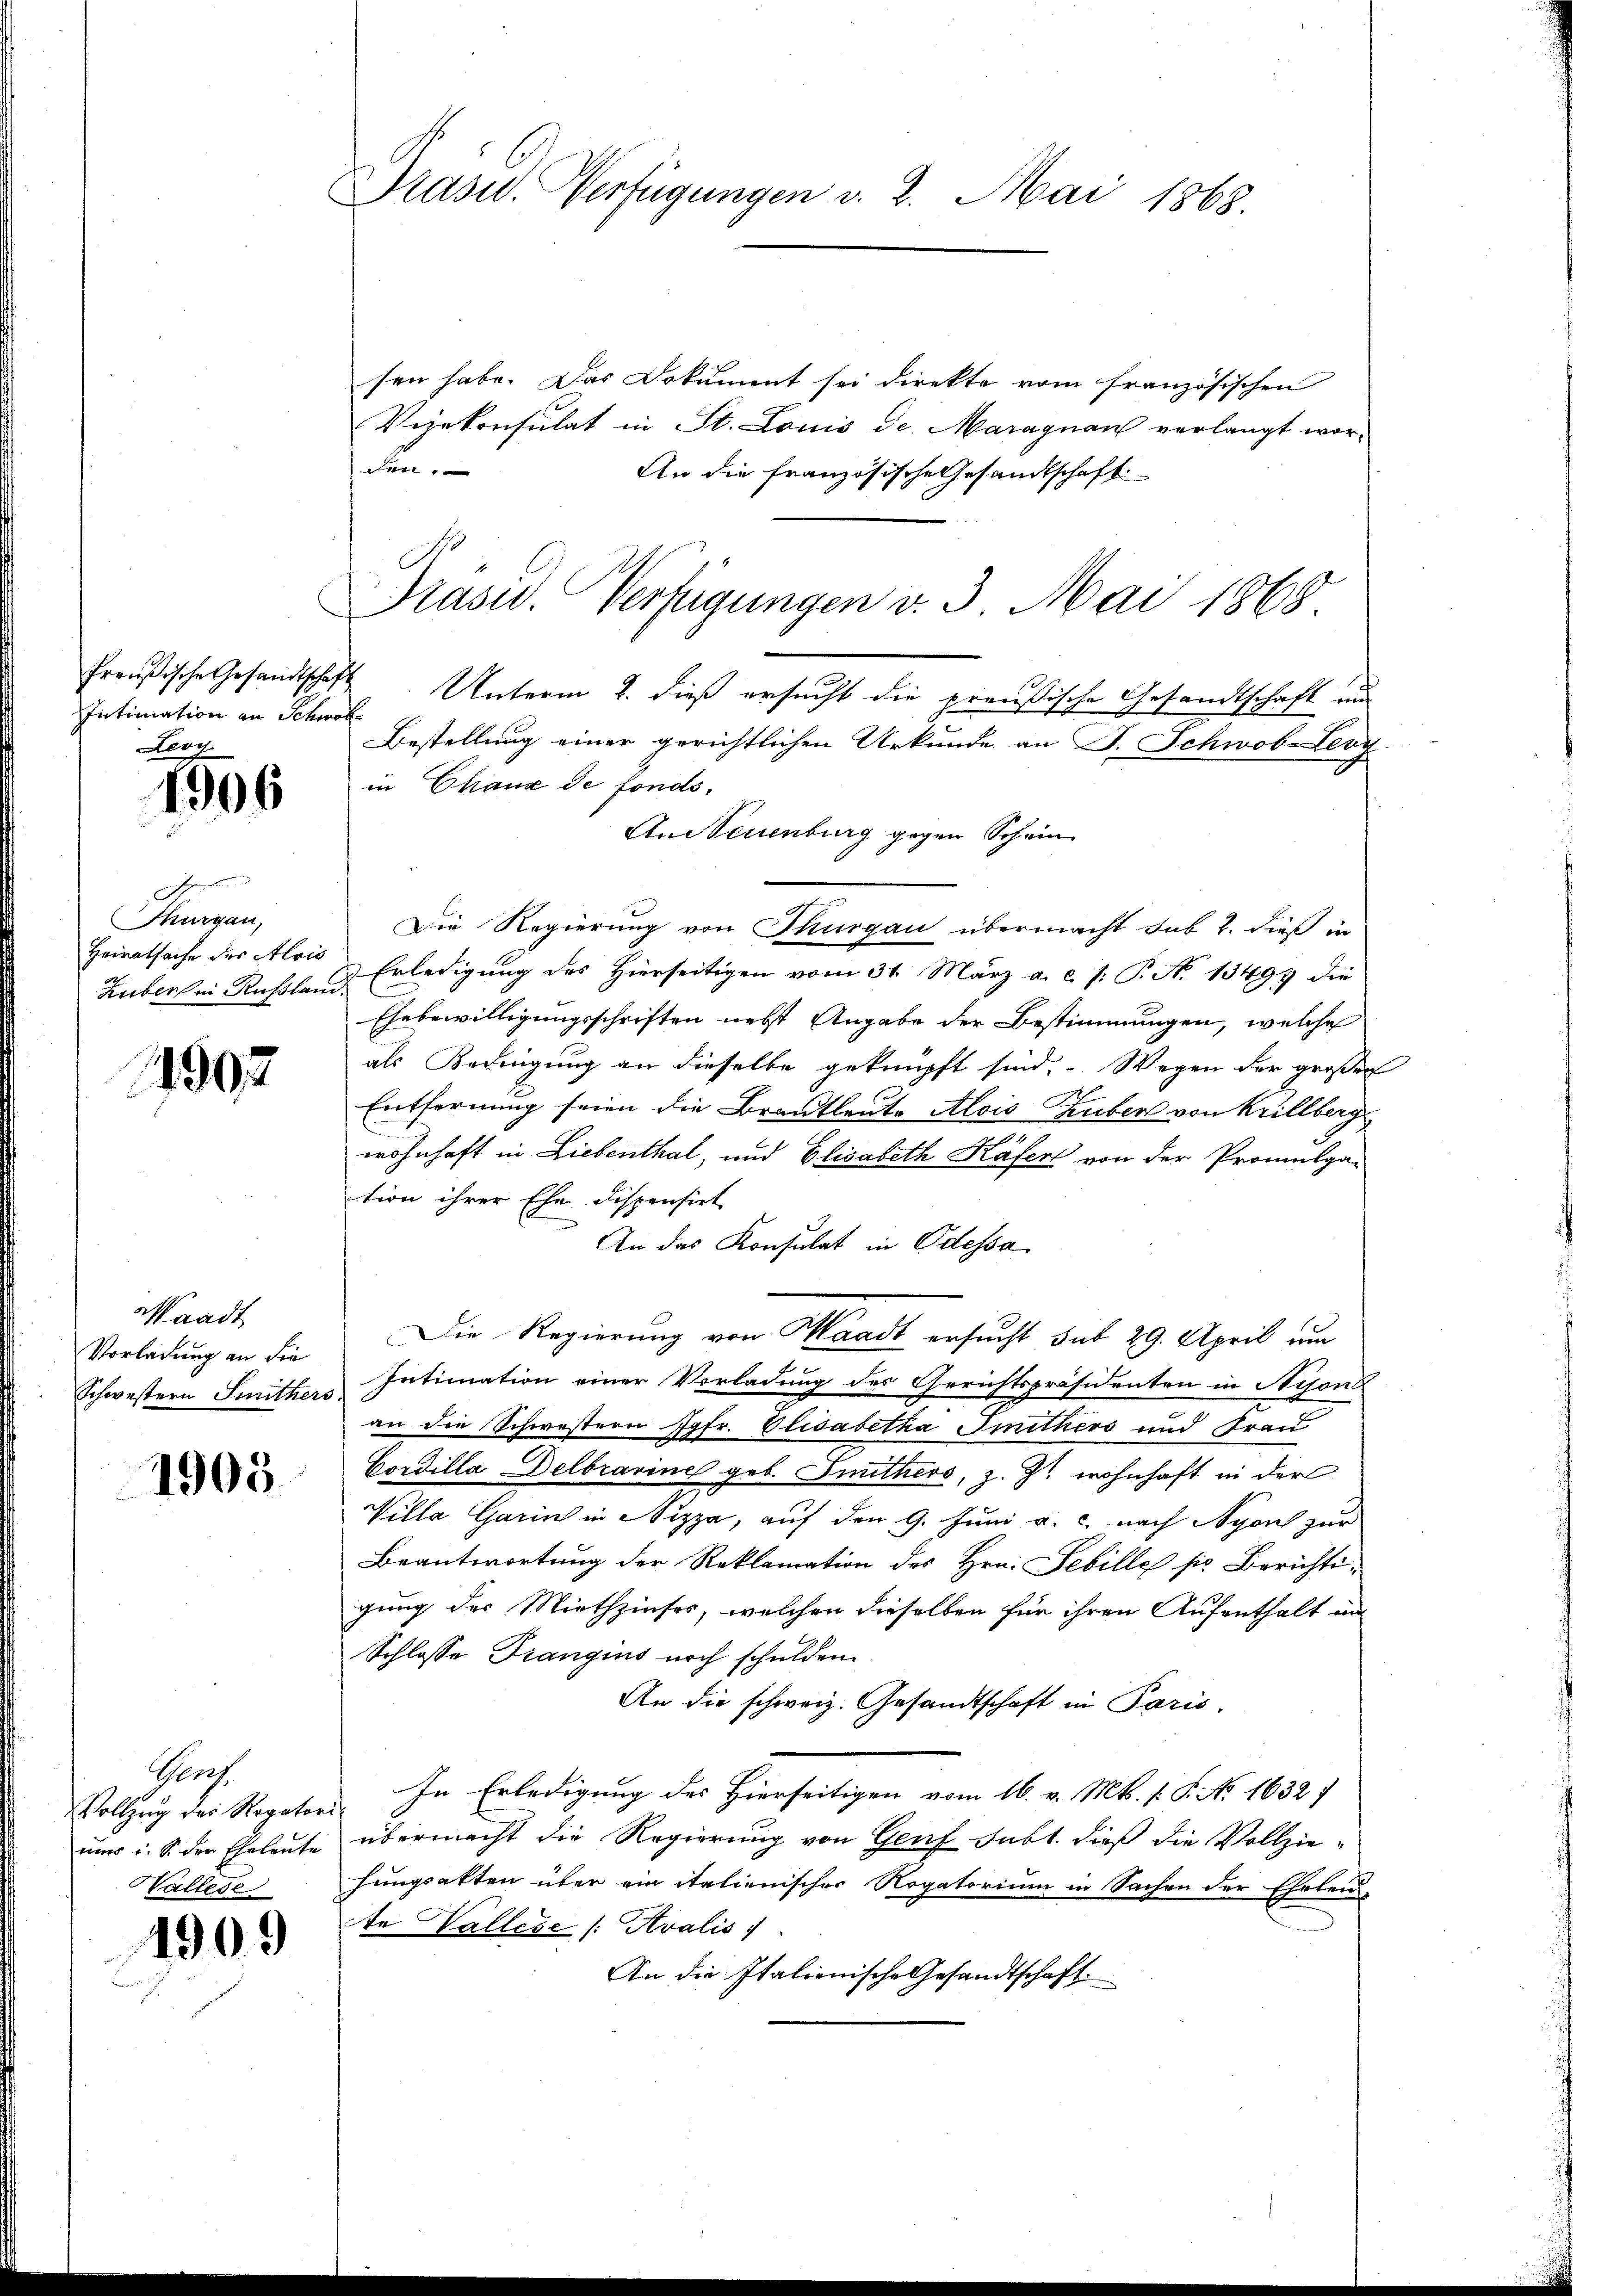
Intimation an Schwal
Leoy.

1906

Kangan
Heiratsache des Alois

1992

Waadt
Vorladung an die

1905

Gert
Vallese

1909

Präsid. Verfügungen v. 2. Mai 1865.

sen habe. Das Dokument sei direkte vom französischen
Vizekonsulat in St. Louis de Maragnau verlangt wor-
den.
An die französische Gesandtschaft
Präsid. Verfügungen v. 3. Mai 1868
Preußische Gesandtschaft Unterm 2. dieß ersucht die preußische Gesandtschaft un
Bestellung einer gerichtlichen Urkunde an F. Schwobe Verg
in Chaux de fonds,
Aneuenburg gegen Schein
Die Regierung von Thurgau übermacht sub 2. dieß in
Huber in Ruhrle u Erledigung des hierseitigen vom 31. März a. c. /: P. N. 13493 die
Ehebewilligungsschriften nebst Angabe der Bestimmungen, welche
als Bedingung an dieselbe geknüpft sind. Wegen der großen
Entfernung seien die Brautleute Alois Thuber von Krillberg
wohnhaft in Liebenthal, und Elisabeth Käfert von der Promulga-
tion ihrer Ehe dispensirt
In das Konsulat in Odessa
Die Regierung von Waadt ersucht sub 29. April um
Schwestern Smither Intimation einer Vorladung des Gerichtspräsidenten in Beson
an die Schwestern Jgfr. Elisabetha Smithers und Frau
Cordilla Delbrarine geb. Inithers, z. Zt. wohnhaft in der
Villa Garin in Nizza, auf den 9. Juni a. c. nach Nyon zur
Beantwortung der Reklamation des Hrn. Febille pr Berichti-
gung der Miethzinses, welchen dieselben für ihren Aufenthalt im
Schlosse Trangins noch schulden.
An die schweiz. Gesandtschaft in Paris,
Vollzug des Rogator. In Erledigung des Hierseitigen vom 16. v. Mts. 1. P. Nr. 1632)
nŭr i. S. der Eheleute übermacht die Regierŭng von Genf subt. dieβ die Vollziehungsakten über ein italienischer Rogatorium in Sachen der Eheleu-
te Vallese [Avalis
An die Italienische Gesandtschaft.